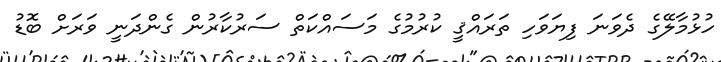
ހުޅުމާލޭގެ ދެވަނަ ފިޔަވަހި ތަރައްޤީ ކުރުމުގެ މަސައްކަތް ސަރުކާރުން ގެންދަނީ ވަރަށް ބޮޑު